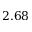
2 . 6 8